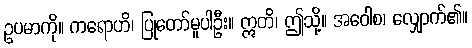
ဥပမာကို။ ကရောဟိ၊ ပြုတော်မူပါဦး။ ဣတိ၊ ဤသို့။ အဝေါစ၊ လျှောက်၏။